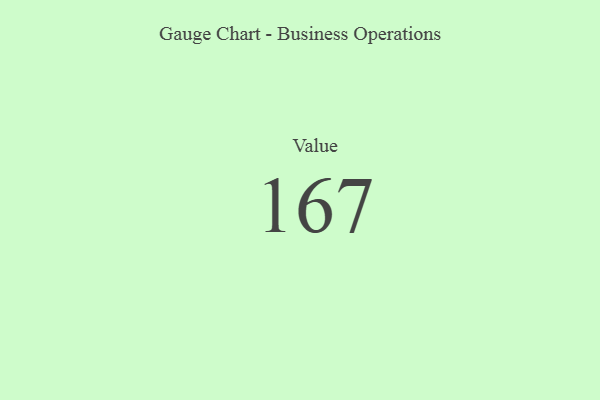
{"axis": {"x": "Metric", "y": "Value"}, "legend": [""], "data": [{"x": "Value", "y": 167, "type": ""}]}